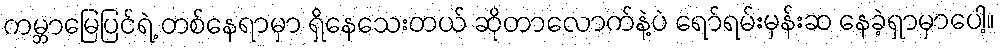
ကမ္ဘာမြေပြင်ရဲ့ တစ်နေရာမှာ ရှိနေသေးတယ် ဆိုတာလောက်နဲ့ပဲ ရော်ရမ်းမှန်းဆ နေခဲ့ရှာမှာပေါ့။